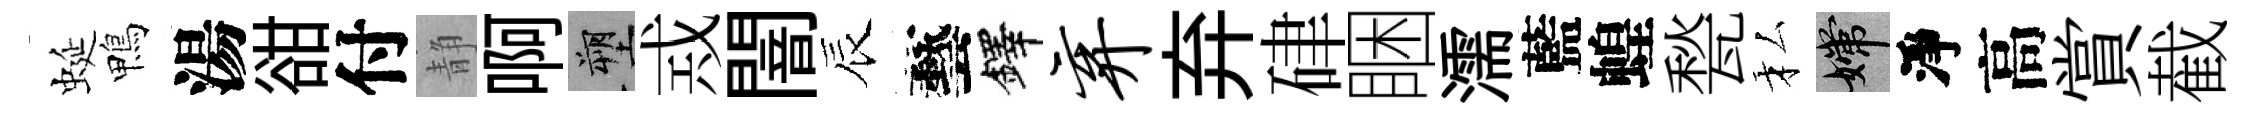
蜒鴨湯𧮳付静啊塑𢦶闇辰藝鐸弃弃硉睏濡藍蝗甃私嫦淨高賞截